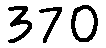
370